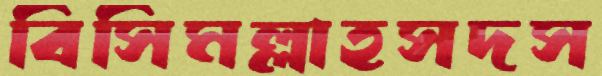
বিসিমল্লাহসদস